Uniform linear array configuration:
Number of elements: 4
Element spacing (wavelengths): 1
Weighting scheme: kaiser
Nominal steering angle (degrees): -45
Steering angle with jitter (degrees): -43.144
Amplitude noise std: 0.05
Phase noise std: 0.05

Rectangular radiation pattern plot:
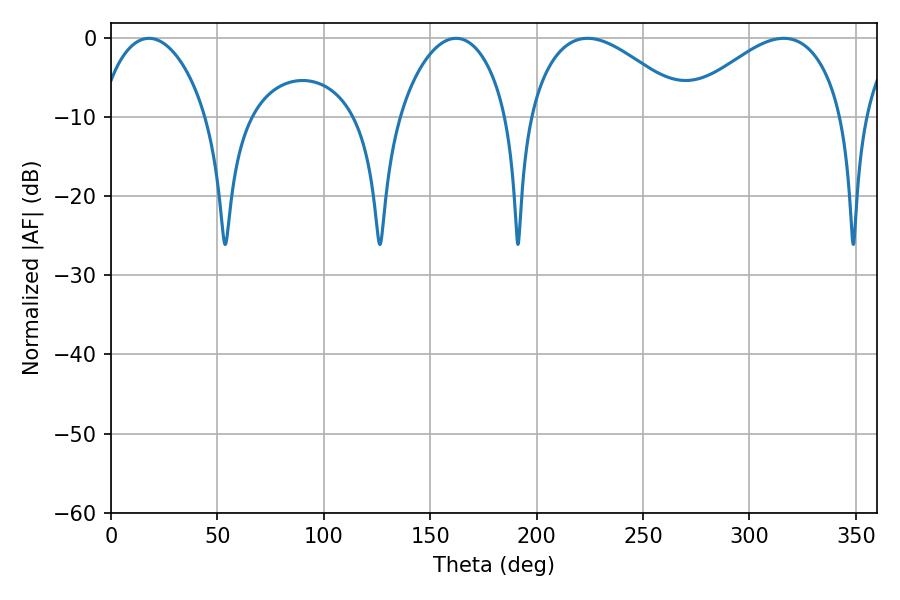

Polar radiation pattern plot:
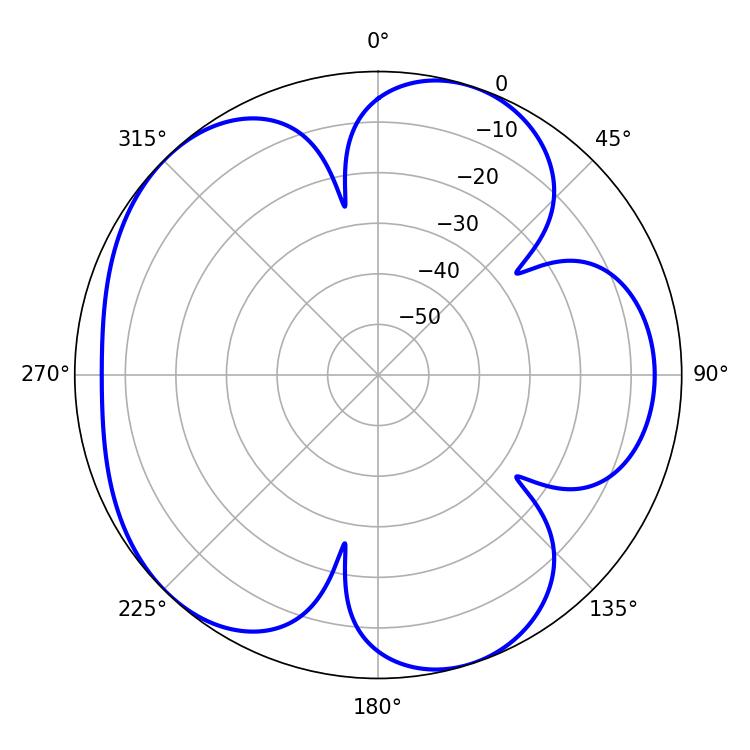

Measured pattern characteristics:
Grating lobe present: TRUE
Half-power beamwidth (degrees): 41.04
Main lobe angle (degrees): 223.92